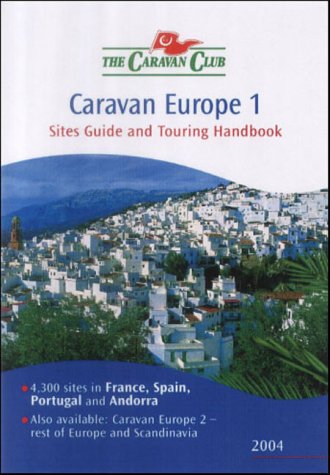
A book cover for Caravan Europe: France, Spain, Portugal and Andorra: France, Spain, Portugal & Andorra v. 1 (Caravan Club of Great Britain); Travel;